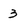
Character: 3